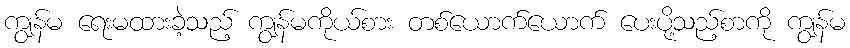
ကျွန်မ ရေးမထားခဲ့သည့် ကျွန်မကိုယ်စား တစ်ယောက်ယောက် ပေးပို့သည့်စာကို ကျွန်မ